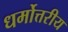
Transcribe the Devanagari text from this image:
धर्मोत्तरीय